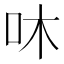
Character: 㕲